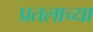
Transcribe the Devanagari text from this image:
प्रतलाच्या